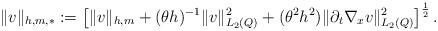
LaTeX: \begin{align*} \|v\|_{h,m,\ast} := \left[ \|v\|_{h,m} + (\theta h)^{-1} \|v\|_{L_2(Q)}^2 + (\theta^2 h^2)\|\partial_t \nabla_x v\|_{L_2(Q)}^2 \right]^{\frac{1}{2}}.\end{align*}